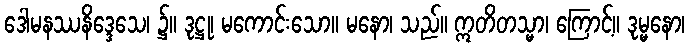
ဒေါမနဿနိဒ္ဒေသေ၊ ၌။ ဒုဋ္ဌု၊ မကောင်းသော။ မနော၊ သည်။ ဣတိတသ္မာ၊ ကြောင့်။ ဒုမ္မနော၊